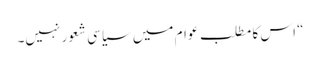
“ اس کا مطلب عوام میں سیاسی شعور نہیں۔